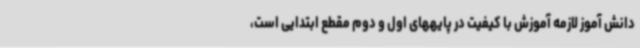
دانش آموز لازمه آموزش با کیفیت در پایههای اول و دوم مقطع ابتدایی است،